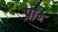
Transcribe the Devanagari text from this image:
प्रा॰